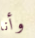
وأنا